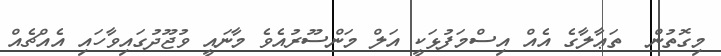
މިގޮތުން  ތަޢާލާގެ އެއް އިސްމަފުޅަކީ އަލް މަންސޫރުއެވެ މާނައީ ވުޖޫދުގައިވާހައި އެއްޗެއް